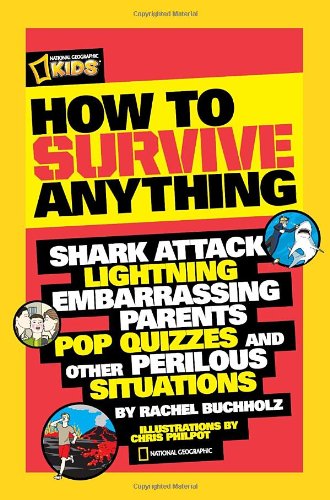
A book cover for How to Survive Anything: Shark Attack, Lightning, Embarrassing Parents, Pop Quizzes, and Other Perilous Situations (National Geographic Kids); Rachel Buchholz; Children's Books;